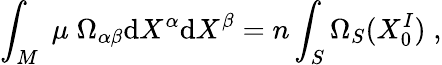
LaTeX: \int_{M}\; \mu\; \Omega_{\alpha\beta}\mathrm{d}X^{\alpha}\mathrm{d}X^{\beta}=n\int_{S}\Omega_{S}(X_{0}^{I})\; ,